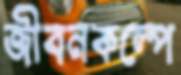
জীবনকল্পে